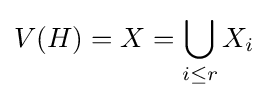
V(H)=X=\bigcup _{i\leq r}X_{i}